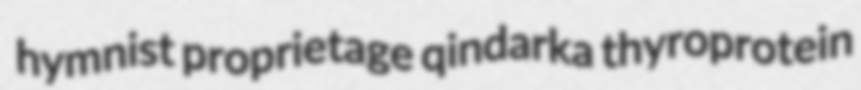
hymnist proprietage qindarka thyroprotein